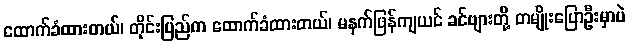
ထောက်ခံထားတယ်၊ တိုင်းပြည်က ထောက်ခံထားတယ်၊ မနက်ဖြန်ကျယင် ခင်ဗျားတို့ တမျိုးပြောဦးမှာပဲ